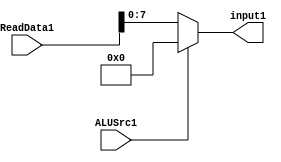
`timescale 1ns / 1ps

module mux1( 
    input [8:0] ReadData1,
    input ALUSrc1,
    output [7:0] input1 
    );
    
    reg zeroRegister = 8'b0;
    
    assign input1 = ALUSrc1 ? zeroRegister : ReadData1;
endmodule